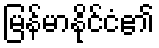
မြန်မာနိုင်ငံ၏